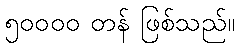
၅၀၀၀၀ တန် ဖြစ်သည်။